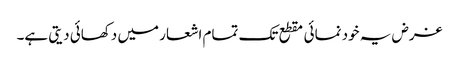
غرض یہ خود نمائی مقطع تک تمام اشعار میں دکھائی دیتی ہے۔